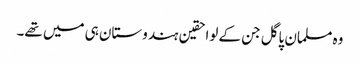
وہ مسلمان پاگل جن کے لواحقین ہندوستان ہی میں تھے۔